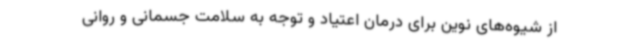
از شیوه‌های نوین برای درمان اعتیاد و توجه به سلامت جسمانی و روانی